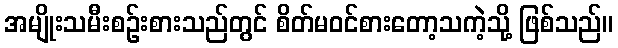
အမျိုးသမီးစဉ်းစားသည်တွင် စိတ်မဝင်စားတော့သကဲ့သို့ ဖြစ်သည်။